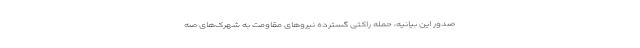
صدور این بیانیه، حمله راکتی گسترده نیرو‌های مقاومت به شهرک‌های صه